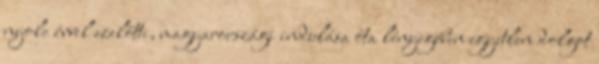
nyolc évvel ezelőtti, magyarországi indulása óta lényegében egyetlen dolgot